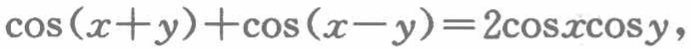
\(\cos(x + y)+\cos(x - y)=2\cos x\cos y\)